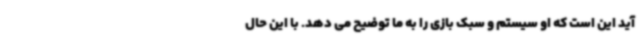
آید این است که او سیستم و سبک بازی را به ما توضیح می دهد. با این حال